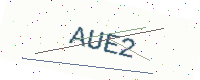
Text: AUE2